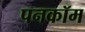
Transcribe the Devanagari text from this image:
पनकॉम